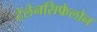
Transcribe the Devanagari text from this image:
टेलेनसिफेलोन